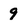
Character: 9